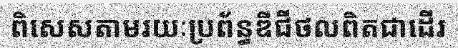
ពិសេសតាមរយៈប្រព័ន្ធឌីជីថលពិតជាដើរ